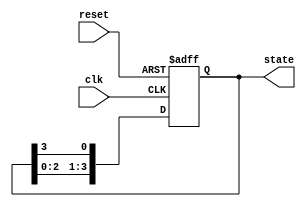
module ring_counter #(
    parameter N = 4 // Number of bits in the ring counter
)(
    input wire clk,           // Clock signal
    input wire reset,         // Asynchronous reset
    output reg [N-1:0] state // Current state of the ring counter
);

// Initialize the state
always @(posedge clk or posedge reset) begin
    if (reset) begin
        state <= 1'b1; // Initialize to state 0: 000...001
    end else begin
        // Shift the '1' to the next flip-flop
        state <= {state[N-2:0], state[N-1]};
    end
end

// Moore outputs based on current state
always @(*) begin
    case (state)
        4'b0001: output_logic = 2'b00; // Output for State 0
        4'b0010: output_logic = 2'b01; // Output for State 1
        4'b0100: output_logic = 2'b10; // Output for State 2
        4'b1000: output_logic = 2'b11; // Output for State 3
        default: output_logic = 2'b00;  // Default case
    endcase
end

endmodule